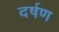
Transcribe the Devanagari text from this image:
दर्षण